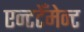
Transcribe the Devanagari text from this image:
एन्टटेँमेन्ट